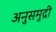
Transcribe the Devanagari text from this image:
अनुसमुद्री